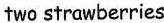
two strawberries